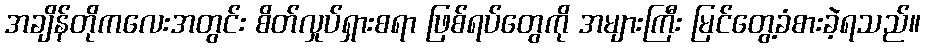
အချိန်တိုကလေးအတွင်း စိတ်လှုပ်ရှားစရာ ဖြစ်ရပ်တွေကို အများကြီး မြင်တွေ့ခံစားခဲ့ရသည်။